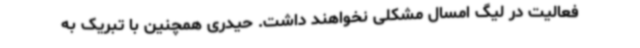
فعالیت در لیگ امسال مشکلی نخواهند داشت. حیدری همچنین با تبریک به